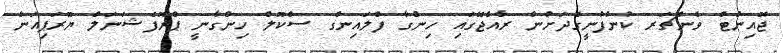
ޖޮއިންޓް ވެންޗަރ ކުންފުނީގެދަށުން ރާއްޖޭގައި ހިންގާ ފްލައިންގ ސްކޫލް ހިންގާނީ ޕްރޮފެޝަނަލް ޔޫރަޕިއަން